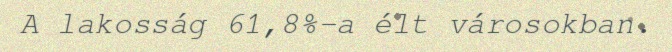
A lakosság 61,8%-a élt városokban.